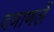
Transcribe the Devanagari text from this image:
दणाणलें